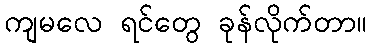
ကျမလေ ရင်တွေ ခုန်လိုက်တာ။